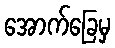
အောက်ခြေမှ